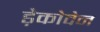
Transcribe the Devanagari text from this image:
ड़ेकोवेन